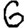
Digit: 6